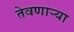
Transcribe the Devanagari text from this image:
तेवणाऱ्या